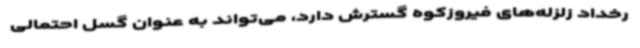
رخداد زلزله‌های فیروزکوه گسترش دارد، می‌تواند به عنوان گسل احتمالی